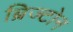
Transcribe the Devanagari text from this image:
ब्रिज्टोन